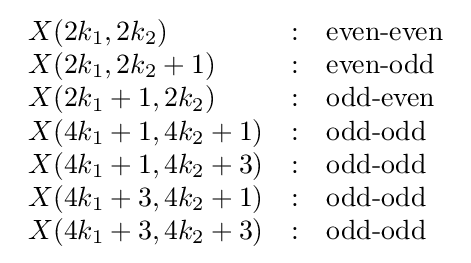
{\begin{array}{lcl}X(2k_{1},2k_{2})&:&{\text{even-even}}\\X(2k_{1},2k_{2}+1)&:&{\text{even-odd}}\\X(2k_{1}+1,2k_{2})&:&{\text{odd-even}}\\X(4k_{1}+1,4k_{2}+1)&:&{\text{odd-odd}}\\X(4k_{1}+1,4k_{2}+3)&:&{\text{odd-odd}}\\X(4k_{1}+3,4k_{2}+1)&:&{\text{odd-odd}}\\X(4k_{1}+3,4k_{2}+3)&:&{\text{odd-odd}}\end{array}}